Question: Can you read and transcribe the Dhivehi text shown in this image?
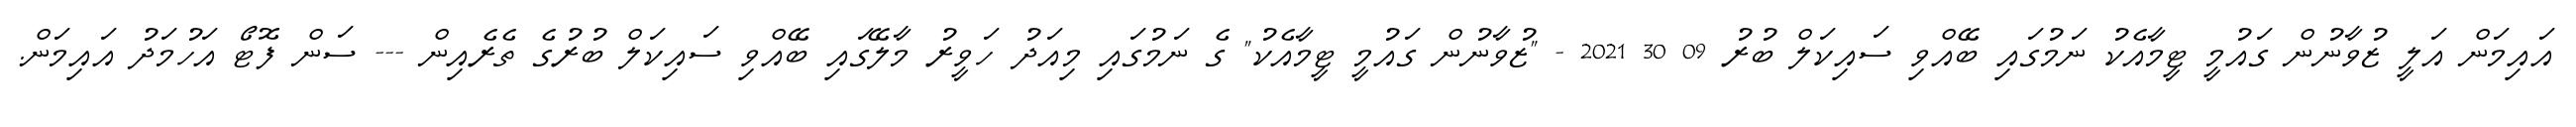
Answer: އައިމަން އަލީ ޒުވާނުން ގައުމީ ޓީމާއެކު ނަމުގައި ބޭއްވި ސައިކަލް ބުރު 09 30 2021 - "ޒުވާނުން ގައުމީ ޓީމާއެކު" ގެ ނަމުގައި މިއަދު ހަވީރު މާލޭގައި ބޭއްވި ސައިކަލް ބުރުގެ ތެރެއިން --- ސަން ފޮޓޯ އަހުމަދު އައިމަން.